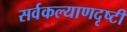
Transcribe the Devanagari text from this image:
सर्वकल्याणदृष्टी